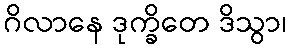
ဂိလာနေ ဒုက္ခိတေ ဒိသွာ၊